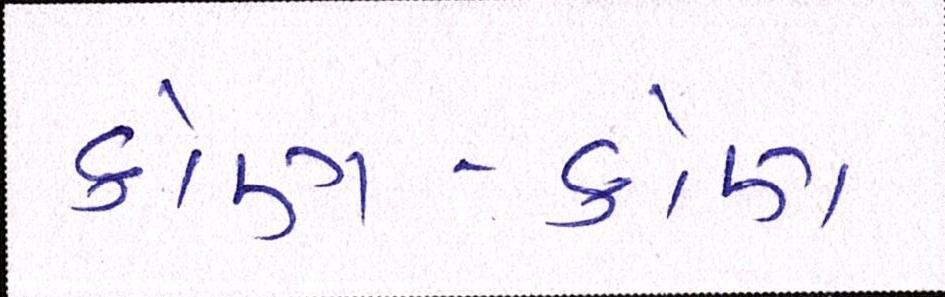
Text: કોણ-કોણ